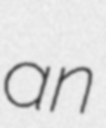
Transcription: an